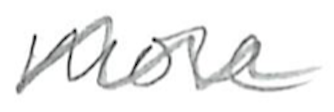
Text: more
Cross-out: wave
Writing tool: pencil